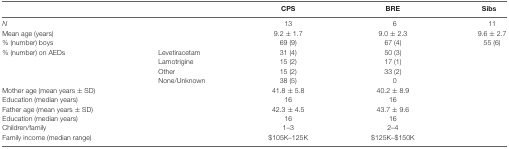
<table><thead><tr><td></td><td></td><td><b>CPS</b></td><td><b>BRE</b></td><td><b>Sibs</b></td></tr></thead><tbody><tr><td><i>N</i></td><td></td><td>13</td><td>6</td><td>11</td></tr><tr><td>Mean age (years)</td><td></td><td>9.2 ± 1.7</td><td>9.0 ± 2.3</td><td>9.6 ± 2.7</td></tr><tr><td>% (number) boys</td><td></td><td>69 (9)</td><td>67 (4)</td><td>55 (6)</td></tr><tr><td>% (number) on AEDs</td><td>Levetiracetam</td><td>31 (4)</td><td>50 (3)</td><td></td></tr><tr><td></td><td>Lamotrigine</td><td>15 (2)</td><td>17 (1)</td><td></td></tr><tr><td></td><td>Other</td><td>15 (2)</td><td>33 (2)</td><td></td></tr><tr><td></td><td>None/Unknown</td><td>38 (5)</td><td>0</td><td></td></tr><tr><td>Mother age (mean years ± SD)</td><td></td><td>41.8 ± 5.8</td><td>40.2 ± 8.9</td><td></td></tr><tr><td>Education (median years)</td><td></td><td>16</td><td>16</td><td></td></tr><tr><td>Father age (mean years ± SD)</td><td></td><td>42.3 ± 4.5</td><td>43.7 ± 9.6</td><td></td></tr><tr><td>Education (median years)</td><td></td><td>16</td><td>16</td><td></td></tr><tr><td>Children/family</td><td></td><td>1–3</td><td>2–4</td><td></td></tr><tr><td>Family income (median range)</td><td></td><td>$105K–125K</td><td>$125K–$150K</td><td></td></tr></tbody></table>